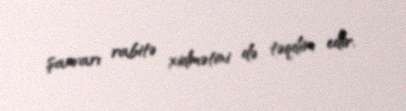
şanvarı rabitə xidmətini də təqdim edir.